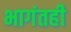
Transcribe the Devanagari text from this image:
भागंतही